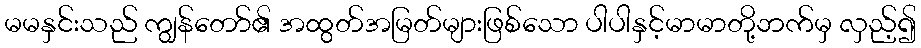
မမနှင်းသည် ကျွန်တော်၏ အထွတ်အမြတ်များဖြစ်သော ပါပါနှင့်မာမာတို့ဘက်မှ လှည့်၍